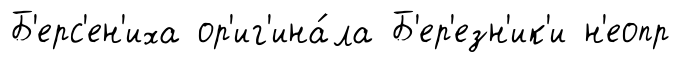
Б'ерс'ен'иха ор'иг'ина́ла Б'ер'езн'ик'и н'еопр